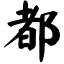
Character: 都